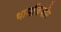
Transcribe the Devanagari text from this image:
थामकिशोर